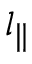
l _ { \parallel }